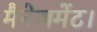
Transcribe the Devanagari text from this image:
मैनेजमेंट।